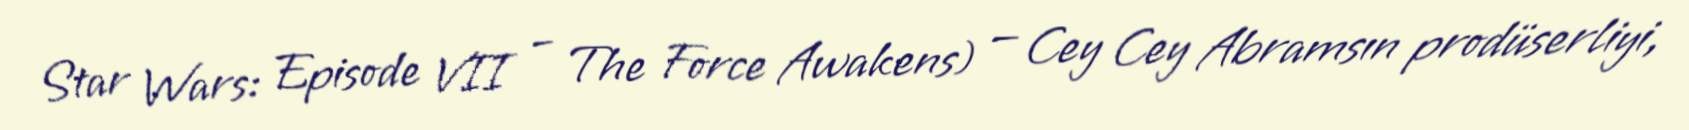
Star Wars: Episode VII – The Force Awakens) — Cey Cey Abramsın prodüserliyi,